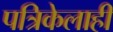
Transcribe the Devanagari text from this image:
पत्रिकेलाही